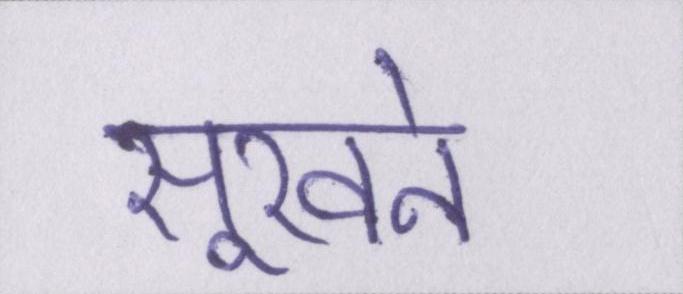
सूखने